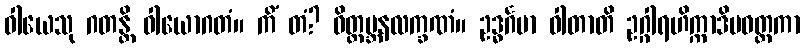
ဝါယေသု ဂတန္တိ ဝါယောဂတံ။ ကိံ တံ? ဝိတ္ထမ္ဘနလက္ခဏံ။ ဥဒ္ဓင်္ဂမာ ဝါတာတိ ဥဂ္ဂါရဟိက္ကာဒိပဝတ္တကာ